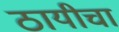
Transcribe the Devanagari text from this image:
ठायीचा